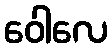
ဝေါလေ